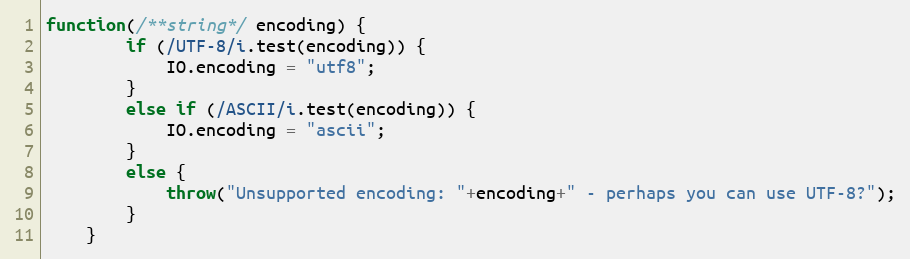
Language: JavaScript
function(/**string*/ encoding) {
		if (/UTF-8/i.test(encoding)) {
			IO.encoding = "utf8";
		}
		else if (/ASCII/i.test(encoding)) {
			IO.encoding = "ascii";
		}
		else {
			throw("Unsupported encoding: "+encoding+" - perhaps you can use UTF-8?");
		}
	}